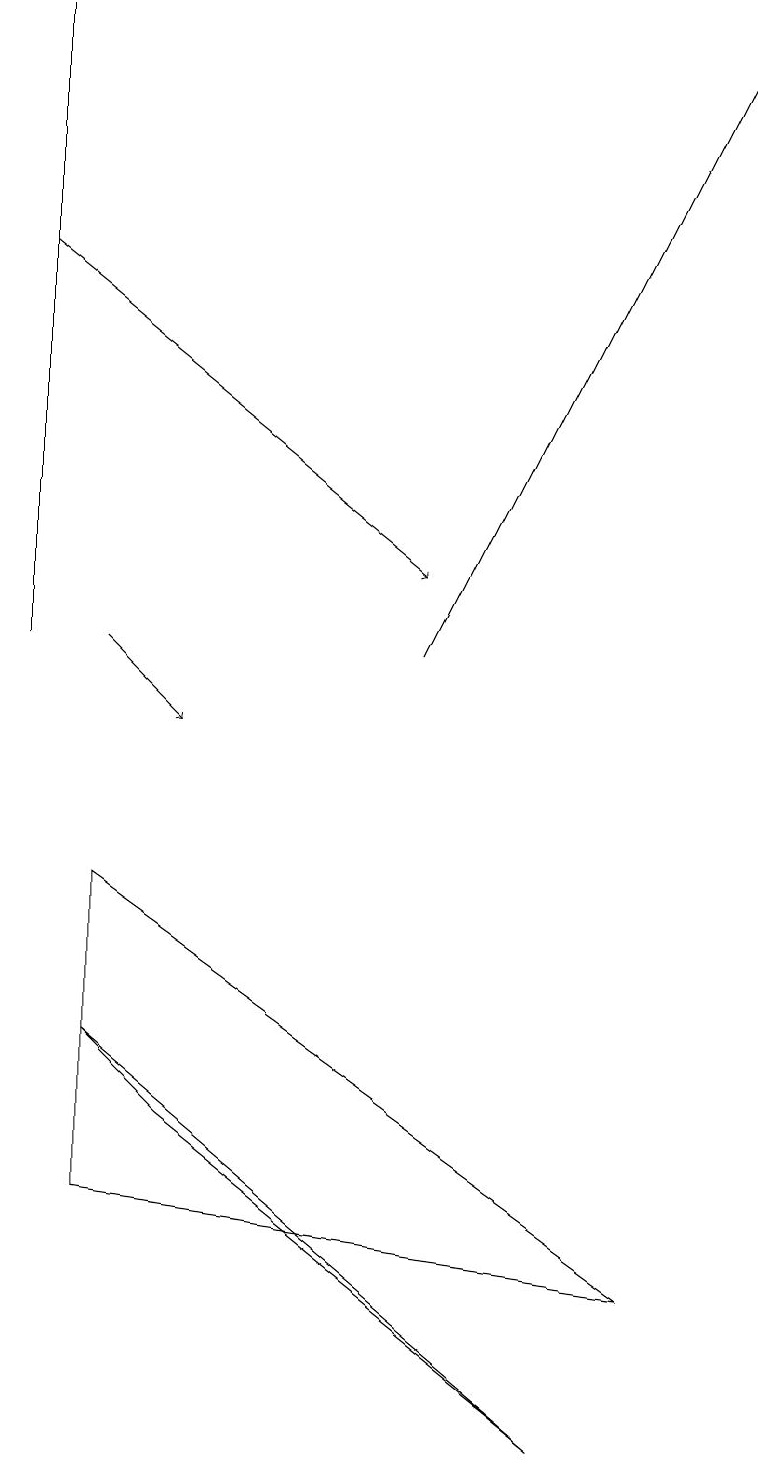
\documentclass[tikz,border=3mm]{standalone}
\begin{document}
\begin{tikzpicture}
\draw[->] (0,16) -- (5,12);
\draw[->] (1,11) -- (2,10);
\draw (0,11) rectangle (0,19);
\draw[->] (9,16) -- (9,17);
\draw[->] (5,11) -- (9,19);
\draw (8,3) -- (1,8) -- (1,4) -- cycle;
\draw (7,1) -- (1,6) -- (2,5) -- cycle;
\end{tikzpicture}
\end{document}